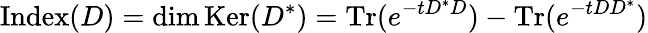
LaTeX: {\textrm{Index}}(D)=\dim\mathrm{{Ker}}(D^{*})=\mathrm{{Tr}}(e^{-tD^{*}D})-\mathrm{{Tr}}(e^{-tDD^{*}})